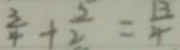
\frac { 3 } { 4 } + \frac { 5 } { 2 } = \frac { 1 3 } { 4 }